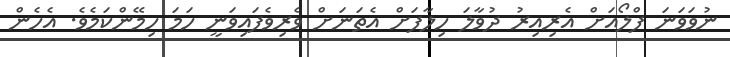
ނުވަވަނަ ފްލޯއަށް އެރިއިރު ދުވާލަ ހިލާފަށް އެތަނަށް ވެރިވެފައިވަނީ ހަމަ ހިމޭންކަމެވެ. އެހެން